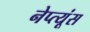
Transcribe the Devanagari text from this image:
नेप्त्यूंस